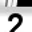
Digit: 2